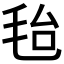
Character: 𣭆